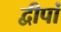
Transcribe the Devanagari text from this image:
द्वीपां